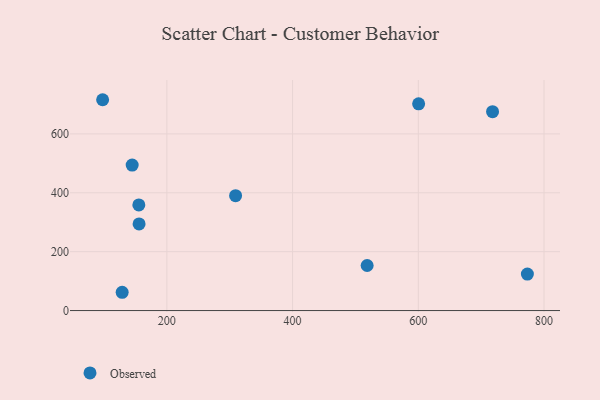
{"axis": {"x": "Study Hours", "y": "Demand"}, "legend": ["Observed"], "data": [{"x": "97.8", "y": 716.1, "type": "Observed"}, {"x": "309.3", "y": 390.3, "type": "Observed"}, {"x": "718.1", "y": 675.4, "type": "Observed"}, {"x": "128.9", "y": 62.1, "type": "Observed"}, {"x": "155.4", "y": 358.9, "type": "Observed"}, {"x": "773.5", "y": 123.9, "type": "Observed"}, {"x": "518.6", "y": 153.1, "type": "Observed"}, {"x": "600.5", "y": 702.3, "type": "Observed"}, {"x": "155.8", "y": 294.4, "type": "Observed"}, {"x": "144.8", "y": 494.1, "type": "Observed"}]}